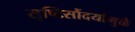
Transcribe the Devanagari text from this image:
सृष्टिसौंदर्यामुळे